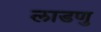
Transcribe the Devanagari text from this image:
लाडणु